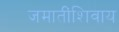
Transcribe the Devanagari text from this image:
जमातींशिवाय